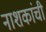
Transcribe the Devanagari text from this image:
नाशकांची